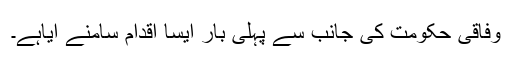
وفاقی حکومت کی جانب سے پہلی بار ایسا اقدام سامنے آیاہے۔